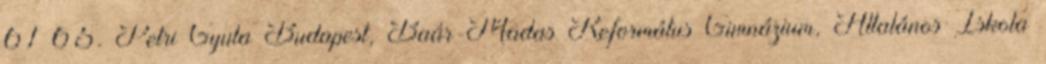
61–65. Petri Gyula Budapest, Baár-Madas Református Gimnázium, Általános Iskola